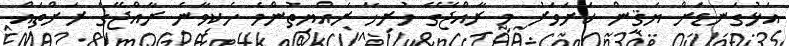
އަޅުގަނޑަށް ޔަޤީން ކަށަވަރު މި ރާއްޖޭގެ ހުރިހާ ރައްޔިތުންމެ ހެކިވާނެ ރާއްޖޭގެ ރަށްތައް